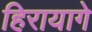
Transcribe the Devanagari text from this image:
हिरायागे